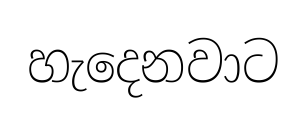
හැදෙනවාට